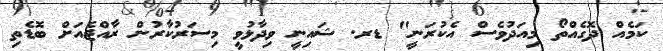
ކަމެއް ދޮގެއްތޯ މިއަދުވެސް އެކުރަނީ" ޑރ. ޝައިނީ ވިދާޅުވީ މިސަރުކާރުން ރާއްޖެއަށް ބޮޑެތި